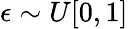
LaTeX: \epsilon\sim U[0,1]